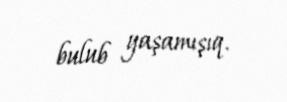
bulub yaşamışıq.